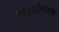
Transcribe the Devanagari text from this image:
आइसोनेक्स